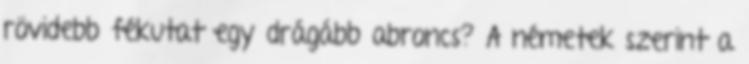
rövidebb fékutat egy drágább abroncs? A németek szerint a